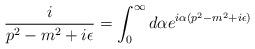
LaTeX: \begin{align*}\frac{i}{p^2-m^2+i\epsilon} = \int_0^\infty d\alpha e^{i\alpha(p^2-m^2+i\epsilon)}\end{align*}